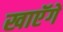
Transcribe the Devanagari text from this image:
खाएॅगें